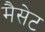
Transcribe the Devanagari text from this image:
मैसेट